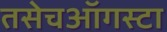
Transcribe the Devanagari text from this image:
तसेचऑगस्टा